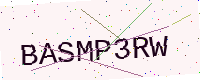
Text: BASMP3RW